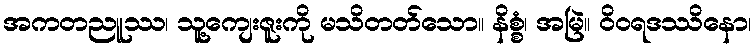
အကတညူဿ၊ သူ့ကျေးဇူးကို မသိတတ်သော။ နိစ္စံ၊ အမြဲ။ ဝိဝရဒဿိနော၊